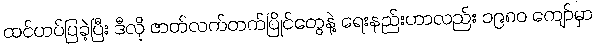
ထင်ဟပ်ပြခဲ့ပြီး ဒီလို ဇာတ်လက်တက်ပြိုင်တွေနဲ့ ရေးနည်းဟာလည်း ၁၉၈၀ ကျော်မှာ